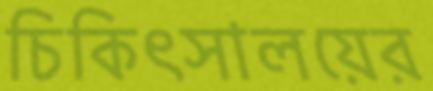
চিকিৎসালয়ের